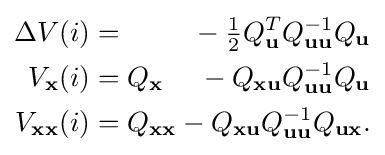
{\begin{alignedat}{2}\Delta V(i)&=&{}-{\tfrac {1}{2}}Q_{\mathbf {u} }^{T}Q_{\mathbf {u} \mathbf {u} }^{-1}Q_{\mathbf {u} }\\V_{\mathbf {x} }(i)&=Q_{\mathbf {x} }&{}-Q_{\mathbf {xu} }Q_{\mathbf {u} \mathbf {u} }^{-1}Q_{\mathbf {u} }\\V_{\mathbf {x} \mathbf {x} }(i)&=Q_{\mathbf {x} \mathbf {x} }&{}-Q_{\mathbf {x} \mathbf {u} }Q_{\mathbf {u} \mathbf {u} }^{-1}Q_{\mathbf {u} \mathbf {x} }.\end{alignedat}}